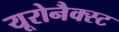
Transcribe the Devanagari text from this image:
यूरोनैक्स्ट